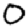
Digit: 0